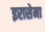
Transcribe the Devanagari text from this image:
इरासेमा